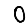
Digit: 0